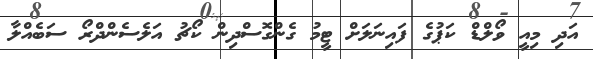
އަދި މިއީ ވޯލްޑް ކަޕުގެ ފައިނަލަށް ޓީމު ގެންގޮސްދިން ކޯޗު އަލެސެންދްރޯ ސަބެއްލާ